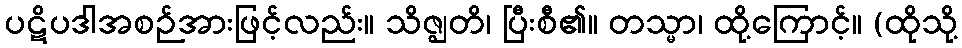
ပဋိပဒါအစဉ်အားဖြင့်လည်း။ သိဇ္ဈတိ၊ ပြီးစီ၏။ တသ္မာ၊ ထို့ကြောင့်။ (ထိုသို့